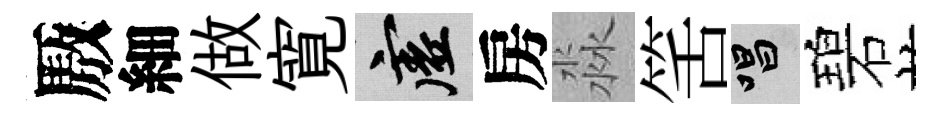
厫細做寛虚房淼筈唱碧